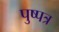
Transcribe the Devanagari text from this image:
पुष्पत्र